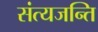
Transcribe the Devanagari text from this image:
संत्यजन्ति